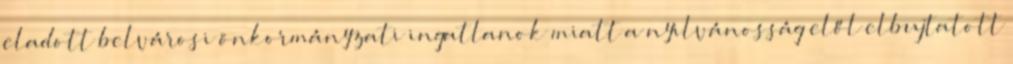
eladott belvárosi önkormányzati ingatlanok miatt a nyilvánosság elől elbujtatott